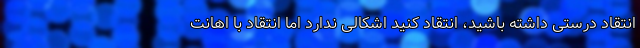
انتقاد درستی داشته باشید، انتقاد کنید اشکالی ندارد اما انتقاد با اهانت